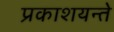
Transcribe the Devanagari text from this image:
प्रकाशयन्ते